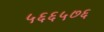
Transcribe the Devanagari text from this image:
५६६५७६